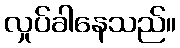
လှုပ်ခါနေသည်။